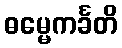
ဓမ္မေကင်္ခတိ